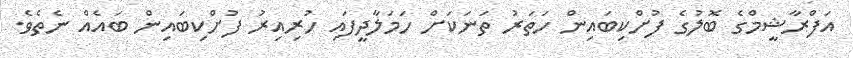
އަފްރާޝީމްގެ ބޮލުގެ ފުށްކިބައިން ހަތަރު ތަނަކަށް ހަމަލާދީފައި ހުރިއިރު ފުށްކިބައިން ބައެއް ނެތެވެ.